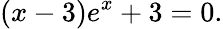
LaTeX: (x-3)e^{x}+3=0.